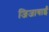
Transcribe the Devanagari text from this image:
जिजाबाईं